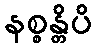
နစ္စန္တိပိ